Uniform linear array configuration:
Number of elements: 16
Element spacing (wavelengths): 1
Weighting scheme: binomial
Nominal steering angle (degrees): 0
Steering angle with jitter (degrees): -0.2843
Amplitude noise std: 0.05
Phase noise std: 0.05

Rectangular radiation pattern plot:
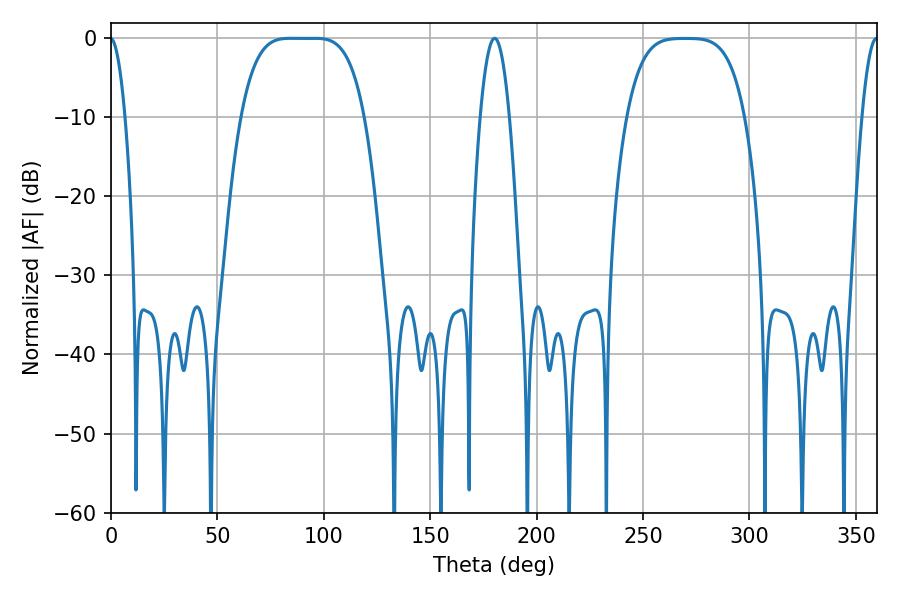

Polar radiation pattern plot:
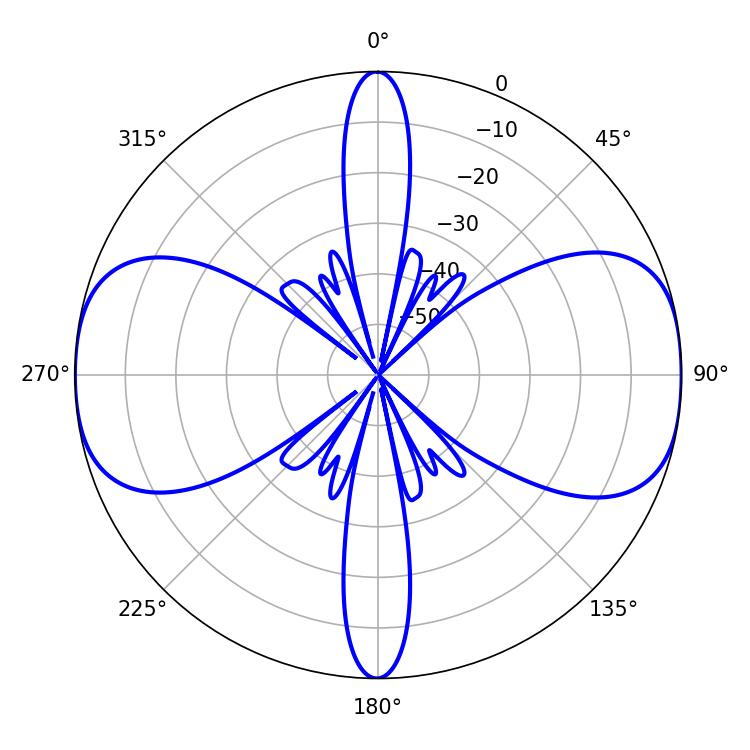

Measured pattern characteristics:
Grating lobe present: TRUE
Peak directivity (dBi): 15.558
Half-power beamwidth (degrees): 43.56
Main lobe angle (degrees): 84.42